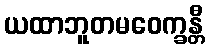
ယထာဘူတမဝေက္ခန္တီ